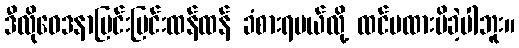
ဒီလိုဝေဒနာပြင်းပြင်းထန်ထန် ခံစားရမယ်လို့ ထင်မထားမိခဲ့ပါဘူး။